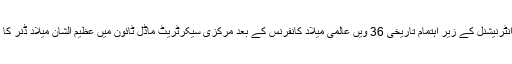
منہاج القرآن انٹرنیشنل کے زیر اہتمام تاریخی 36 ویں عالمی میلاد کانفرنس کے بعد مرکزی سیکرٹریٹ ماڈل ٹائون میں عظیم الشان میلاد ڈنر کا انعقاد کیا گیا۔